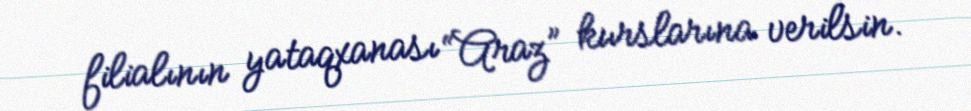
filialının yataqxanası “Araz” kurslarına verilsin.